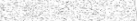
٤٣